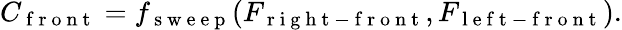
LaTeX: C_{\mathrm{~f~r~o~n~t~}}=f_{\mathrm{~s~w~e~e~p~}}(F_{\mathrm{~r~i~g~h~t~-~f~r~o~n~t~}},F_{\mathrm{~l~e~f~t~-~f~r~o~n~t~}}).